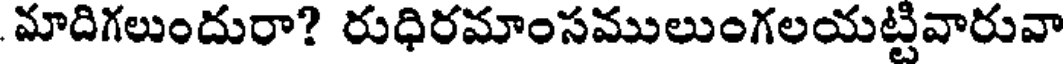
మాదిగలుందురా? రుధిరమాంసములుంగలయట్టివారువా